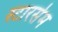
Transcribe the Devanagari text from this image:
स्टारसेम